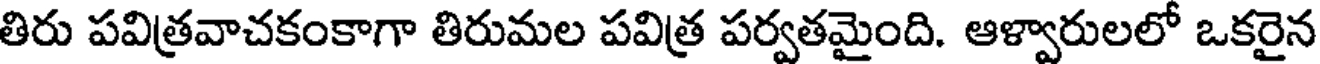
తిరు పవిత్రవాచకంకాగా తిరుమల పవిత్ర పర్వతమైంది. ఆళ్వారులలో ఒకరైన